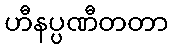
ဟီနပ္ပဏီတတာ